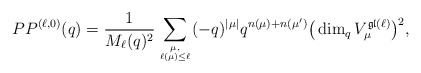
\begin{gather*}PP^{(\ell,0)}(q) = \frac{1}{M_{\ell}(q)^2} \sum_{\mu, \atop \ell(\mu) \le \ell} (- q)^{|\mu|} q^{n(\mu)+n(\mu')} \big( \dim_{q} V_{\mu}^{{\mathfrak{gl}}(\ell)} \big)^2,\end{gather*}